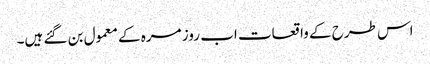
اس طرح کے واقعات اب روز مرہ کے معمول بن گئے ہیں۔